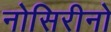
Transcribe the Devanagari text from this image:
नोसिरीनो